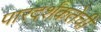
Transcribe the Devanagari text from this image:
पारदर्शकतेची